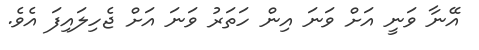
އޭނާ ވަނީ އަށް ވަނަ އިން ހަތަރު ވަނަ އަށް ޖެހިލައިފަ އެވެ.